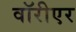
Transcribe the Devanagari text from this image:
वॉरीएर